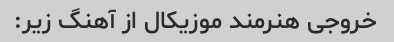
خروجی هنرمند موزیکال از آهنگ زیر: